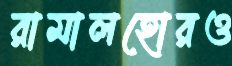
রামালহোরও